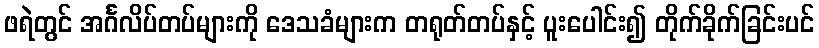
ဖရဲတွင် အင်္ဂလိပ်တပ်များကို ဒေသခံများက တရုတ်တပ်နှင့် ပူးပေါင်း၍ တိုက်ခိုက်ခြင်းပင်